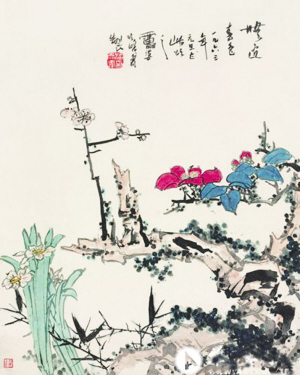
无边家国事，并入双蛾翠。